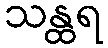
သန္ထရ